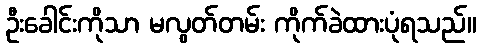
ဦးခေါင်းကိုသာ မလွတ်တမ်း ကိုက်ခဲထားပုံရသည်။